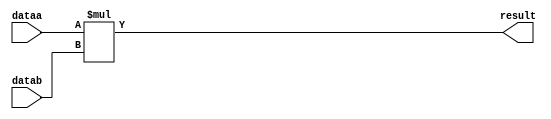
//lpm_mult CBX_DECLARE_ALL_CONNECTED_PORTS="OFF" DEVICE_FAMILY="Cyclone V" DSP_BLOCK_BALANCING="Auto" LPM_REPRESENTATION="UNSIGNED" LPM_WIDTHA=9 LPM_WIDTHB=9 LPM_WIDTHP=18 MAXIMIZE_SPEED=5 dataa datab result CARRY_CHAIN="MANUAL" CARRY_CHAIN_LENGTH=48
//VERSION_BEGIN 18.1 cbx_cycloneii 2018:09:12:13:04:24:SJ cbx_lpm_add_sub 2018:09:12:13:04:24:SJ cbx_lpm_mult 2018:09:12:13:04:24:SJ cbx_mgl 2018:09:12:13:10:36:SJ cbx_nadder 2018:09:12:13:04:24:SJ cbx_padd 2018:09:12:13:04:24:SJ cbx_stratix 2018:09:12:13:04:24:SJ cbx_stratixii 2018:09:12:13:04:24:SJ cbx_util_mgl 2018:09:12:13:04:24:SJ  VERSION_END
// synthesis VERILOG_INPUT_VERSION VERILOG_2001
// altera message_off 10463



// Copyright (C) 2018  Intel Corporation. All rights reserved.
//  Your use of Intel Corporation's design tools, logic functions 
//  and other software and tools, and its AMPP partner logic 
//  functions, and any output files from any of the foregoing 
//  (including device programming or simulation files), and any 
//  associated documentation or information are expressly subject 
//  to the terms and conditions of the Intel Program License 
//  Subscription Agreement, the Intel Quartus Prime License Agreement,
//  the Intel FPGA IP License Agreement, or other applicable license
//  agreement, including, without limitation, that your use is for
//  the sole purpose of programming logic devices manufactured by
//  Intel and sold by Intel or its authorized distributors.  Please
//  refer to the applicable agreement for further details.



//synthesis_resources = 
//synopsys translate_off
`timescale 1 ps / 1 ps
//synopsys translate_on
module  mult_i5n
	( 
	dataa,
	datab,
	result) /* synthesis synthesis_clearbox=1 */;
	input   [8:0]  dataa;
	input   [8:0]  datab;
	output   [17:0]  result;

	wire [8:0]    dataa_wire;
	wire [8:0]    datab_wire;
	wire [17:0]    result_wire;



	assign dataa_wire = dataa;
	assign datab_wire = datab;
	assign result_wire = dataa_wire * datab_wire;
	assign result = ({result_wire[17:0]});

endmodule //mult_i5n
//VALID FILE